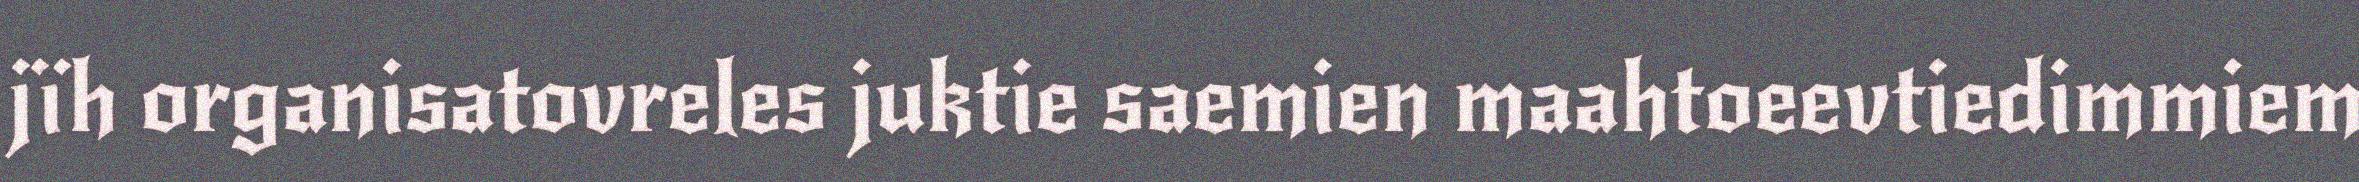
jïh organisatovreles juktie saemien maahtoeevtiedimmiem